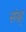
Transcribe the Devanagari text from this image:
संग्र्ह्